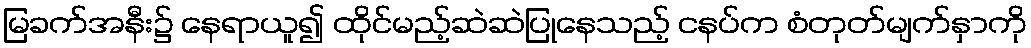
မြခက်အနီး၌ နေရာယူ၍ ထိုင်မည့်ဆဲဆဲပြုနေသည့် ငနပ်က စံတုတ်မျက်နှာကို